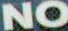
NO